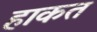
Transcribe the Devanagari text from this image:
हाकत